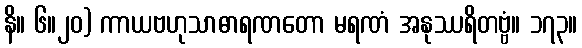
နိ။ ၆။၂၀) ကာယဗဟုသာဓာရဏတော မရဏံ အနုဿရိတဗ္ဗံ။ ၁၇၃။